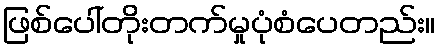
ဖြစ်ပေါ်တိုးတက်မှုပုံစံပေတည်း။